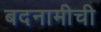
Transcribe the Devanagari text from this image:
बदनामीची